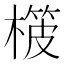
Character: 𣙨